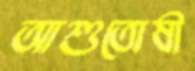
আশুতোষী